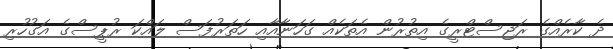
ދެ ކާރެއްގެ ރަޖިސްޓްރީގެ އިތުރުން އެތަކެއް ގަހަނާއާއި ހަތަރުފަސް ލައްކަ ރުޕީސްގެ އަގުހުރި